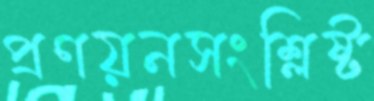
প্রণয়নসংশ্লিষ্ট